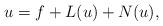
LaTeX: \begin{align*}u=f+L(u)+N(u),\end{align*}